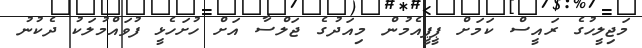
މަޖިލީހުގެ ރައީސް ކަމަށް ޕީޕީއެމުން މިއަދުގެ ޖަލްސާ އަށް ހުށަހެޅީ ފުވައްމުލަކު ދެކުނު